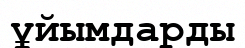
ұйымдарды